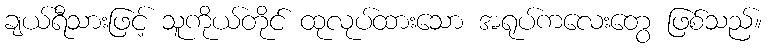
ချယ်ရီသားဖြင့် သူကိုယ်တိုင် ထုလုပ်ထားသော အရုပ်ကလေးတွေ ဖြစ်သည်။